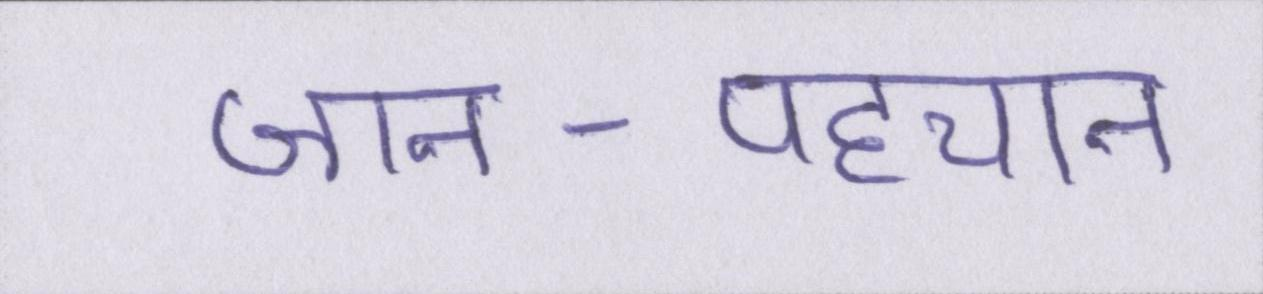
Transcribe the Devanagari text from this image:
जान-पहचान